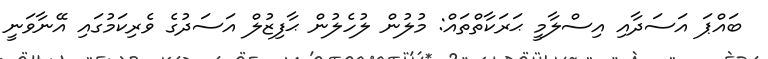
ބައްޕަ އަސަދާއި އިސްލާމީ ޙަރަކާތްތައް: މުލުން ލުހެލުން ޙާފިޒުލް އަސަދުގެ ވެރިކަމުގައި އޭނާވަނީ